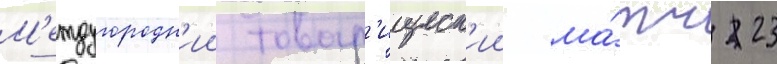
М'еждугородн'ии товар'ищеск'ии ма́тч 23